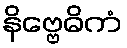
နိဗ္ဗေဓိကံ